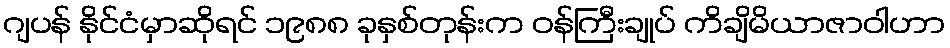
ဂျပန် နိုင်ငံမှာဆိုရင် ၁၉၈၈ ခုနှစ်တုန်းက ဝန်ကြီးချုပ် ကိချိမိယာဇာဝါဟာ